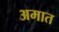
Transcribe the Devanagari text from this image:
अमात